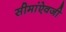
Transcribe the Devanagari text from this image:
सीमांऐवजी